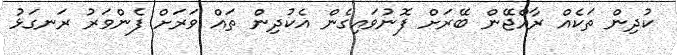
ކުދިން ތަކެއް ރާއްޖޭން ބޭރަށް ފޮނުވައިގެން އެކުދިން ތައް ވަރަށް ފެންވަރު ރަނގަޅު